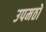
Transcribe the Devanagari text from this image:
उपमठों